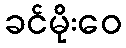
ခင်မိုးဝေ